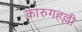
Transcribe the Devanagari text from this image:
कारुगहल्ली